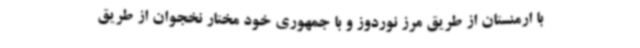
با ارمنستان از طریق مرز نوردوز و با جمهوری خود مختار نخجوان از طریق